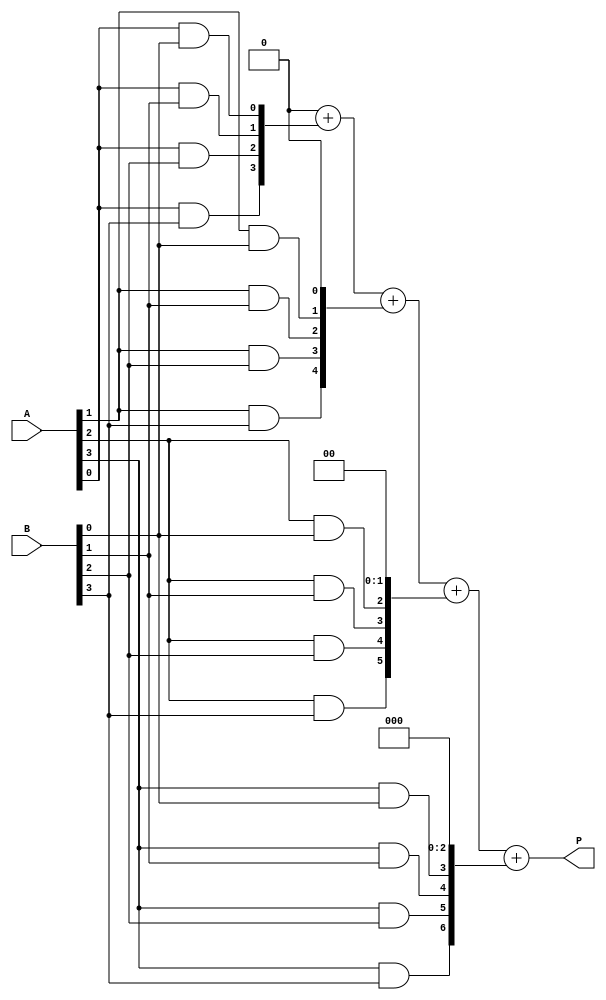
module vedic_multiplier #(parameter N = 4) (
    input  [N-1:0] A, // First operand
    input  [N-1:0] B, // Second operand
    output reg [2*N-1:0] P // Product output
);

// Intermediate partial products
reg [2*N-1:0] partial_products [0:N-1];

// Generate partial products
integer i, j;
always @* begin
    // Initialize partial products to zero
    for (i = 0; i < N; i = i + 1) begin
        partial_products[i] = {N{1'b0}}; // 2N-bit zero
    end

    // Compute partial products
    for (i = 0; i < N; i = i + 1) begin
        for (j = 0; j < N; j = j + 1) begin
            partial_products[i][i + j] = A[i] & B[j]; // Generate partial product
        end
    end

    // Initialize product to zero
    P = {2*N{1'b0}};

    // Sum partial products using a simple addition
    for (i = 0; i < N; i = i + 1) begin
        P = P + partial_products[i]; // Add each partial product
    end
end

endmodule